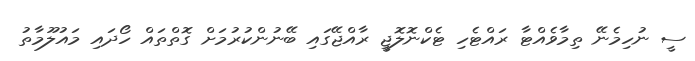
ސީ ނުހިމެނޭ ތިމާވެއްޓާ ރައްޓެހި ޓެކްނޮލޮޖީ ރާއްޖޭގައި ބޭނުންކުރުމަށް ގޮތްތައް ހޯދައި މައުލޫމާތު